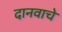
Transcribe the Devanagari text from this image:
दानवाचे